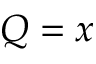
Q = x